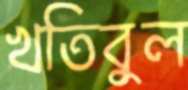
খতিবুল